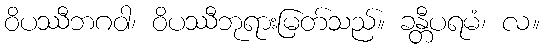
ဝိပဿီဘဂဝါ၊ ဝိပဿီဘုရားမြတ်သည်။ ခန္တီပရမံ၊ လ။